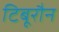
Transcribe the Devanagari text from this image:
टिबूरौन